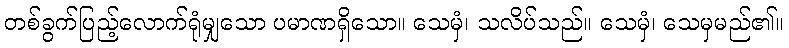
တစ်ခွက်ပြည့်လောက်ရုံမျှသော ပမာဏရှိသော။ သေမှံ၊ သလိပ်သည်။ သေမှံ၊ သေမှမည်၏။